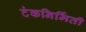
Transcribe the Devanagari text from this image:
टंकनिर्मिती